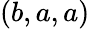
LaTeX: (b,a,a)